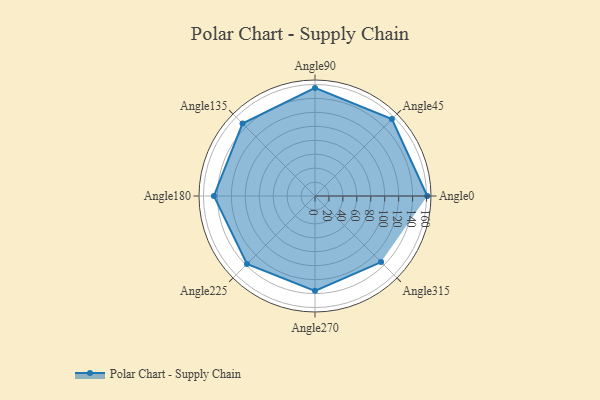
{"axis": {"x": "Angle", "y": "Radius"}, "legend": [""], "data": [{"x": "Angle0", "y": 161.0, "type": ""}, {"x": "Angle45", "y": 156.0, "type": ""}, {"x": "Angle90", "y": 155.0, "type": ""}, {"x": "Angle135", "y": 147.0, "type": ""}, {"x": "Angle180", "y": 145.0, "type": ""}, {"x": "Angle225", "y": 138.0, "type": ""}, {"x": "Angle270", "y": 136.0, "type": ""}, {"x": "Angle315", "y": 134.0, "type": ""}]}